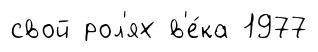
свой рол'ях в'е́ка 1977